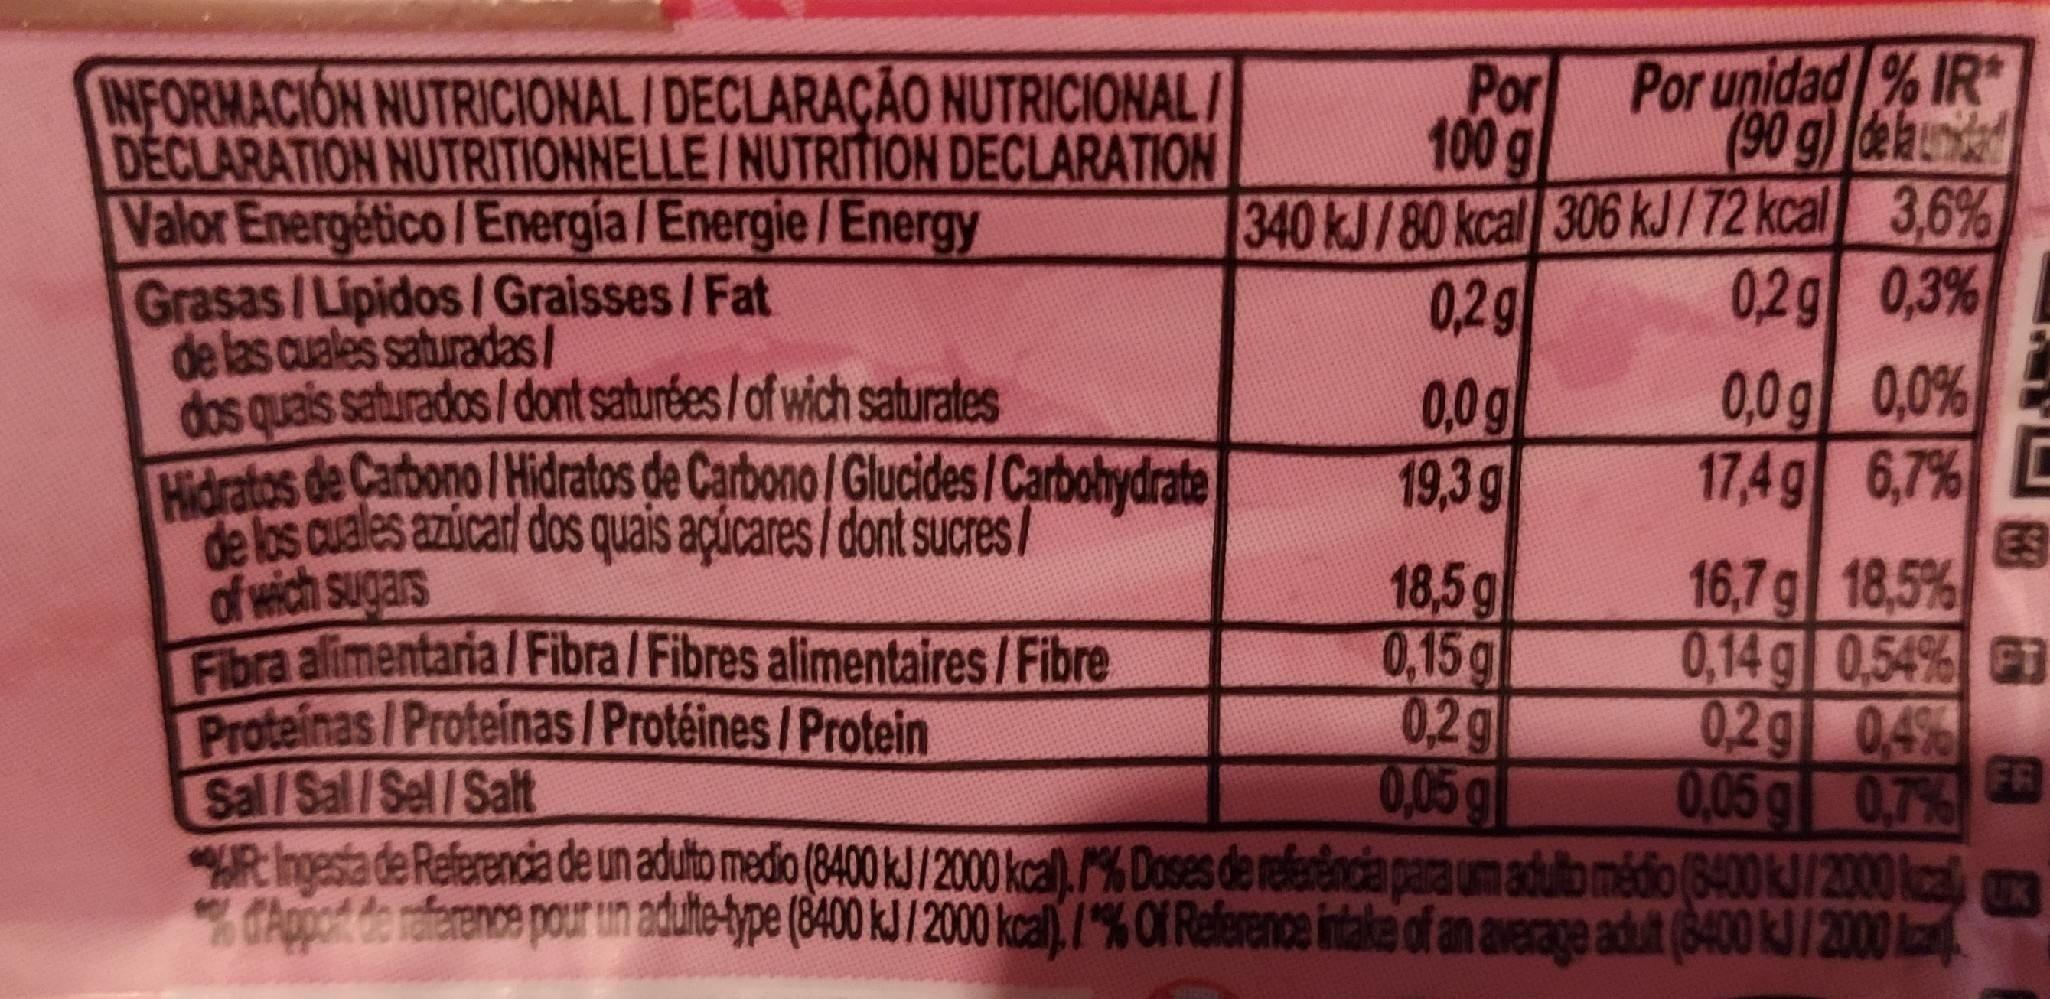
Por unidad % IR* (90g) delau
INFORMACION NUTRICIONAL/DECLARAÇÃO NUTRICIONAL / DECLARATION NUTRITIONNELLE/NUTRITION DECLARATION Valor Energético /Energia /Energie /Energy Grasas/Lipidos/ Graisses /Fat de las cuales saturadas/ dos quais saturados/dont saturées/of wich saturates Hidratos de Carbono /Hidratos de Carbono/Glucides /Carbohydrate de los cuales azicarl dos quais açúcares/dont sucres/ of wich sugars Fibra alimentaria/Fibra/ Fibres alimentaires/Fibre Proteinas/Proteinas/Protéines /Protein Sal/Sal/Sel/Salt R hngesta de Referencia de un aduto medo (8400 kJ/2000 kcal). % Doses de referincia para um adulbo médio (6400 kJ/2000 kcal CAppof de raference pour un adulte-bype (8400 kJ /2000 kcal)l,/% Of Reference intake of an average adut (8400 kJ/2000 ka
Por 100 g 340 kJ/80 kcal 306 kJ/72 kcal 3,6% 0,2g 0,0g 19,3g
0,2g 0,3% 0,0g 0,0%
17,4g 6,7% ES 16,7g 18,5%
18,5g 0,15g 0.2g 0,05 g
0,14 g 0,54% G3
0,2g 0.4% FR 0,05g 0.7%